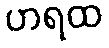
ဟရထ